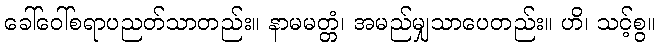
ခေါ်ဝေါ်စရာပညတ်သာတည်း။ နာမမတ္တံ၊ အမည်မျှသာပေတည်း။ ဟိ၊ သင့်စွ။